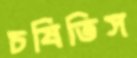
চষিতিস